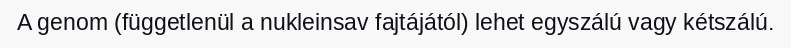
A genom (függetlenül a nukleinsav fajtájától) lehet egyszálú vagy kétszálú.